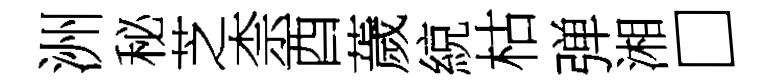
洲秘芝柰酉薉綂枯弹湘□